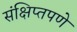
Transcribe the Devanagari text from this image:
संक्षिप्‍तपणे